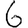
Digit: 6